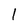
Character: 1